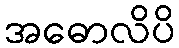
အဓောလိပိ